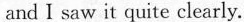
and I saw it quite clearly.